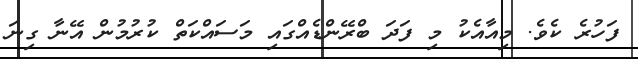
ފަހުރެ ކެވެ. މިއާއެކު މި ފަދަ ބްރޭންޑެއްގައި މަސައްކަތް ކުރުމުން އޭނާ ގިނަ